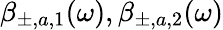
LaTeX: \beta_{\pm,a,1}(\omega),\beta_{\pm,a,2}(\omega)